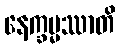
နေက္ခမ္မဿာတိ